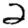
Digit: 2